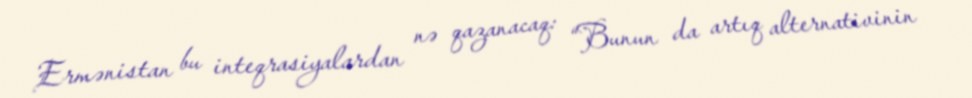
Ermənistan bu inteqrasiyalardan nə qazanacaq: “Bunun da artıq alternativinin